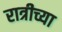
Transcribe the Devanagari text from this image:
रात्रीच्या